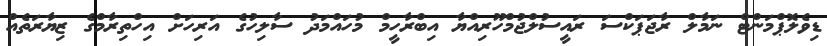
ޑިވެލޮޕްމަންޓް ނަމާލް ރާޖަޕަކްސަ ރައީސުލްޖުމްހޫރިއްޔާ އިބްރާހީމް މުހައްމަދު ސާލިހުގެ އަރިހަށް އިހްތިރާމްގެ ޒިޔާރަތެއް